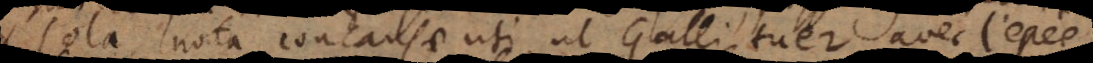
sola nota concausae uti, ut Galli tuer avec l’epée,